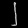
Digit: ၂